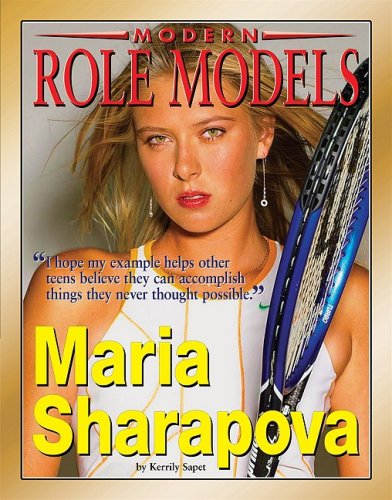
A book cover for Maria Sharapova (Modern Role Models); Kerrily Sapet; Children's Books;